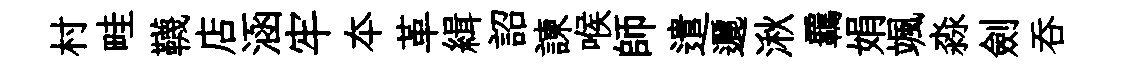
村畦韈店涵牢夲革緝詔諫喉師遣邐湫覊娟颯淼劍呑